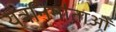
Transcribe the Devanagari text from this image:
यंत्रनिर्माताओं